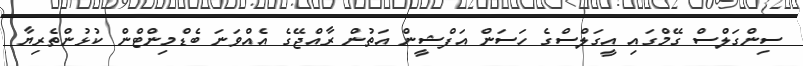
ސިންގަލްސް ގޭމްގައި އީގަލްސްގެ ހަސަން އަފްޝީން އަތުން ރާއްޖޭގެ އެއްވަނަ ބެޑްމިންޓްން ކުޅުންތެރިޔާ